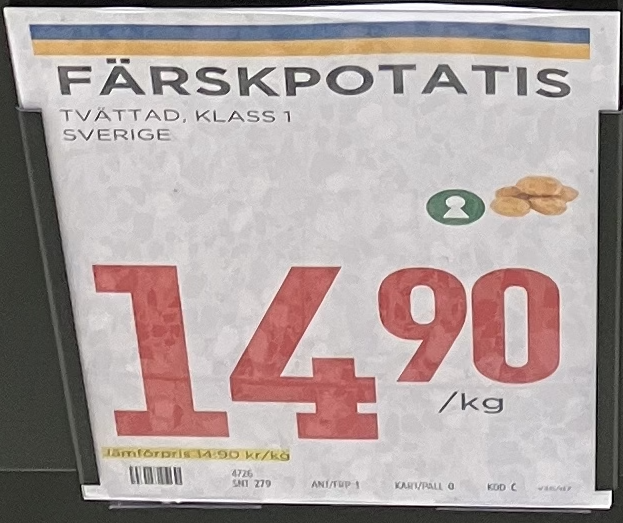
Vara: Fäskpotatis
Genomsnittspris: 14.9 per kg